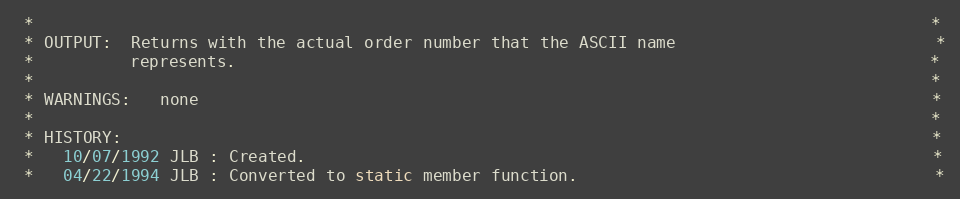
Language: C++
 *                                                                                             *
 * OUTPUT:  Returns with the actual order number that the ASCII name                           *
 *          represents.                                                                        *
 *                                                                                             *
 * WARNINGS:   none                                                                            *
 *                                                                                             *
 * HISTORY:                                                                                    *
 *   10/07/1992 JLB : Created.                                                                 *
 *   04/22/1994 JLB : Converted to static member function.                                     *